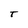
Character: T